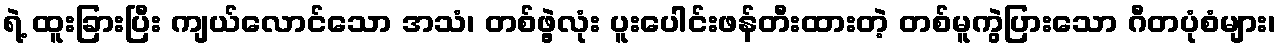
ရဲ့ ထူးခြားပြီး ကျယ်လောင်သော အသံ၊ တစ်ဖွဲ့လုံး ပူးပေါင်းဖန်တီးထားတဲ့ တစ်မူကွဲပြားသော ဂီတပုံစံများ၊